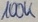
Text: 100k